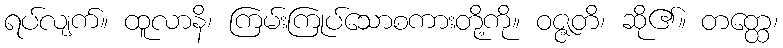
ရပ်လျက်။ ထူလာနိ၊ ကြမ်းကြုပ်သောစကားတို့ကို။ ဝဇ္ဇတိ၊ ဆို၏။ တတ္ထေ၊